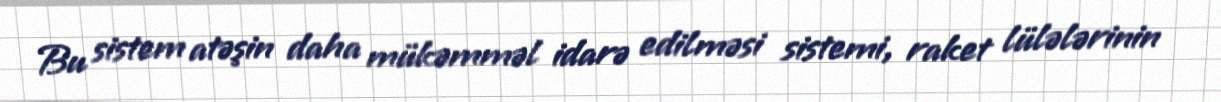
Bu sistem atəşin daha mükəmməl idarə edilməsi sistemi, raket lülələrinin